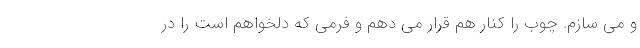
و می سازم. چوب را کنار هم قرار می دهم و فرمی که دلخواهم است را در